Rapla_vallavalitsus, lk 6
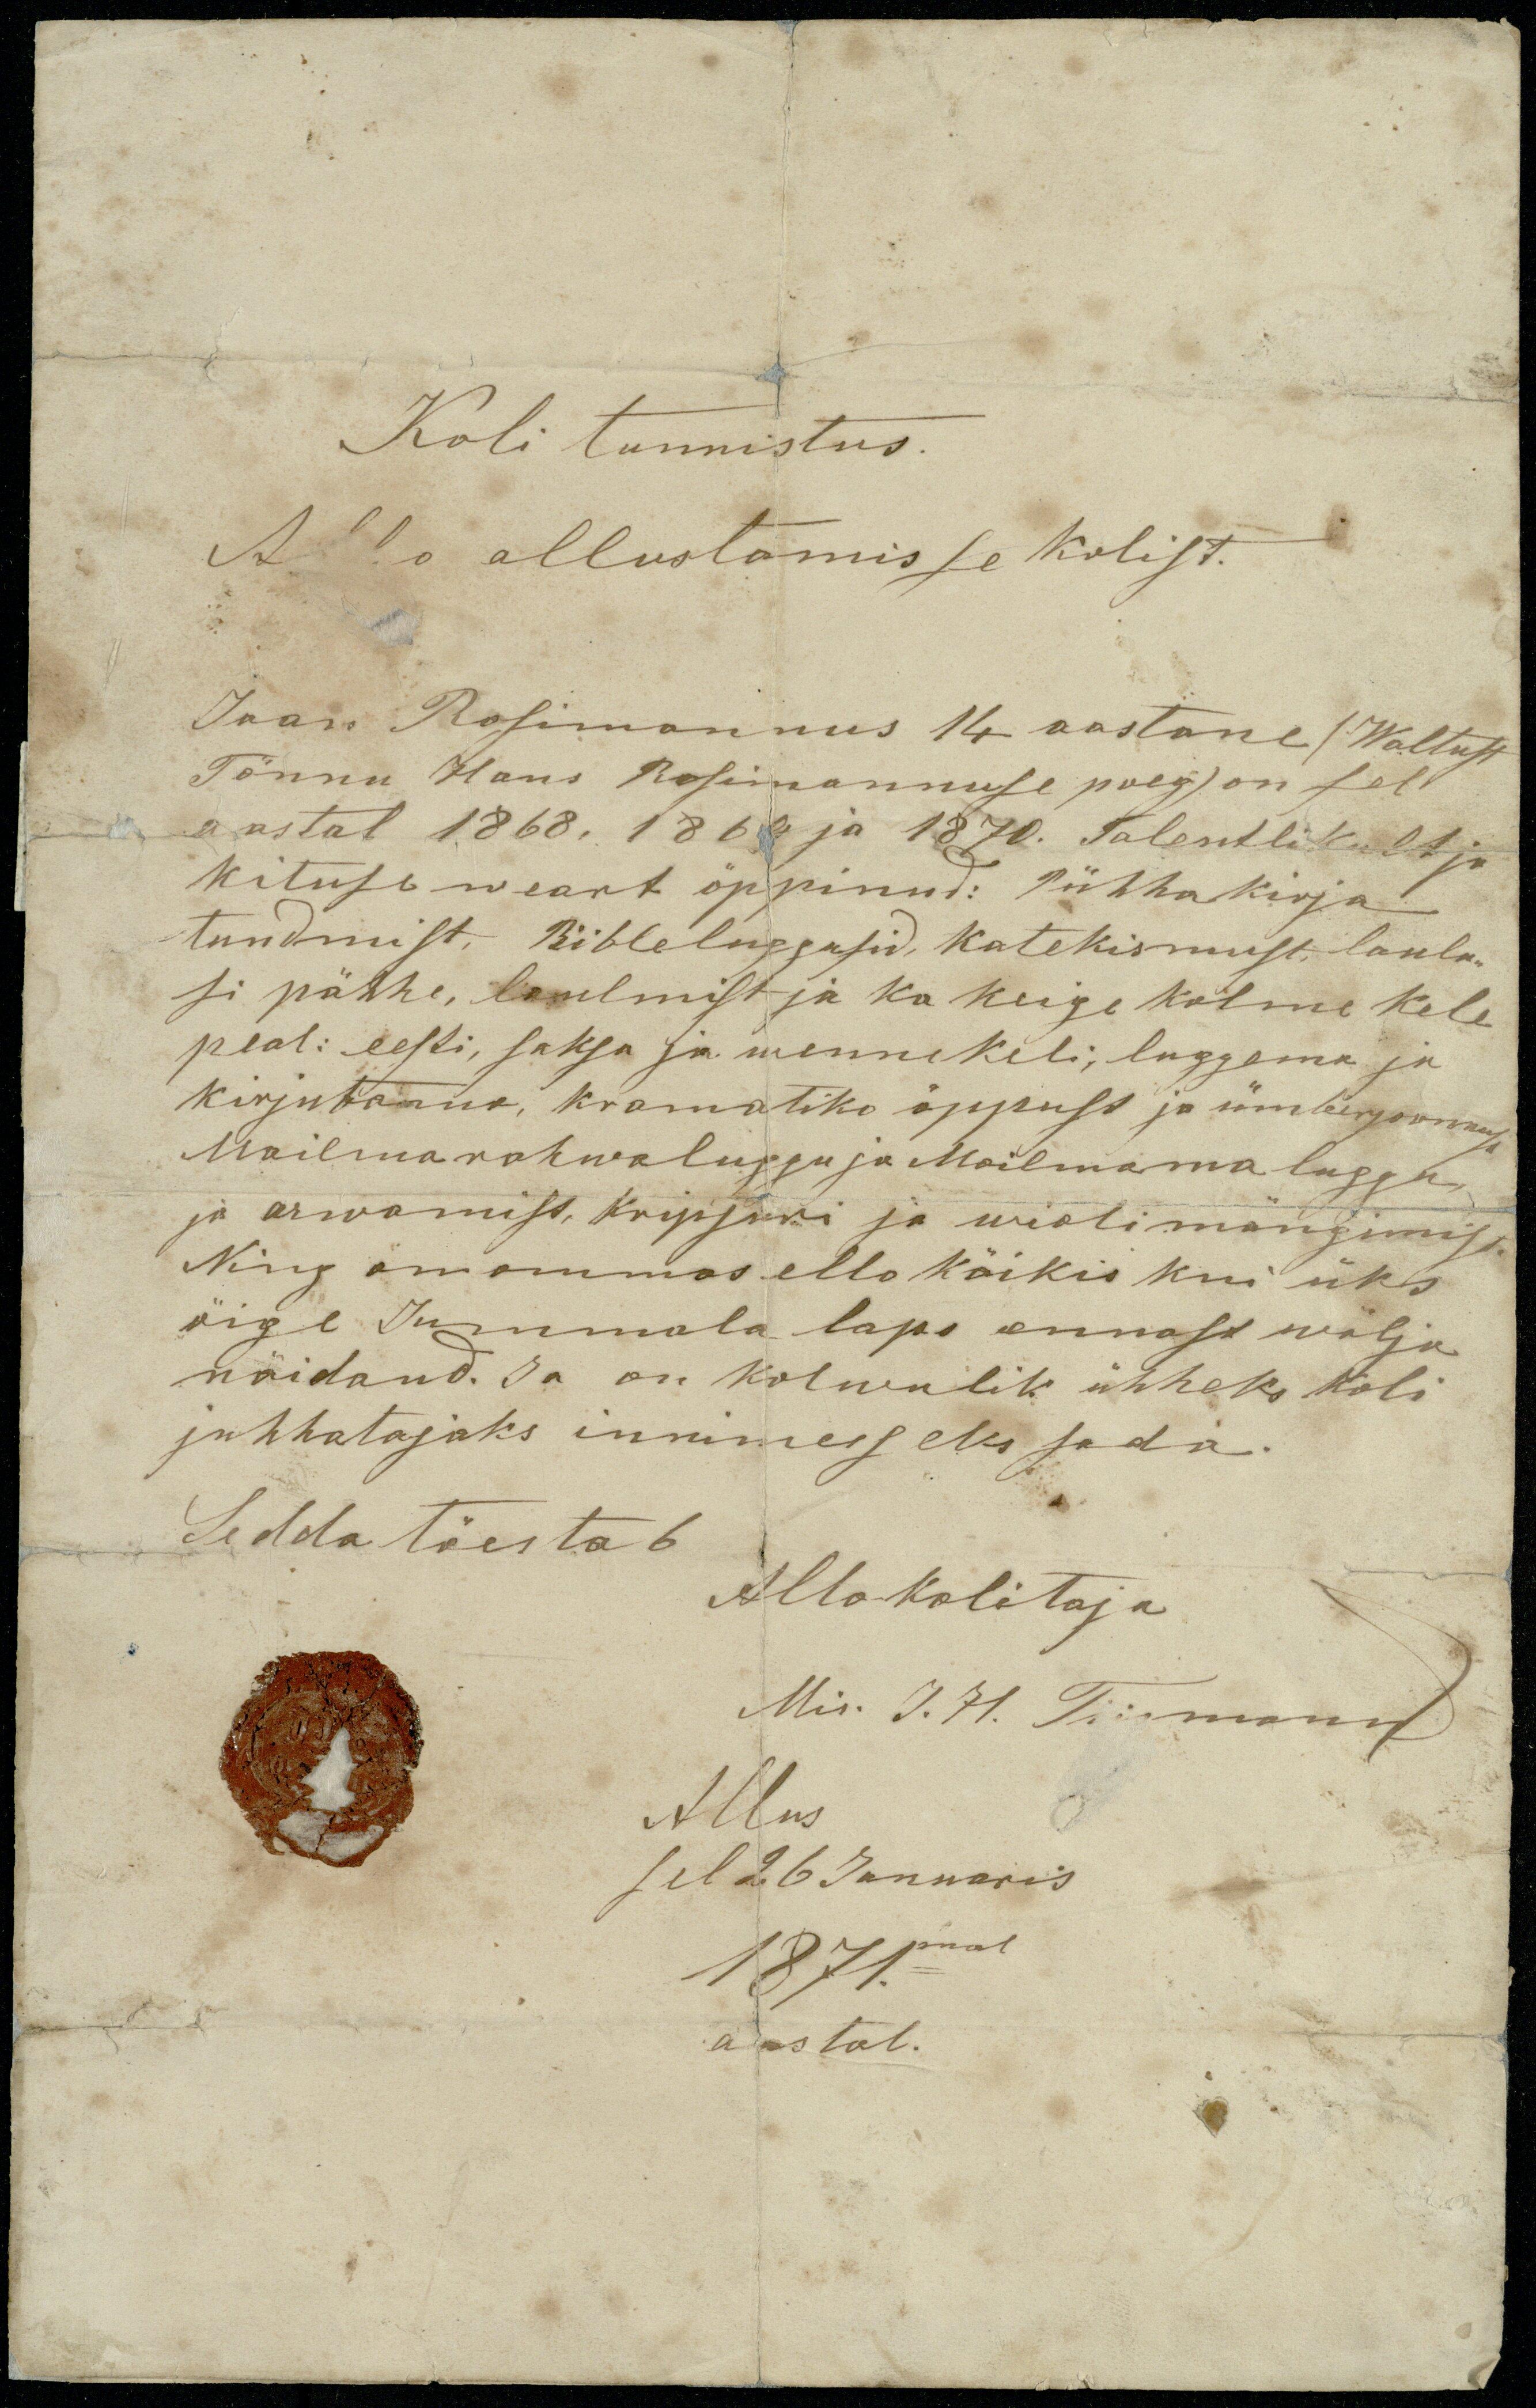
Koli tunnistus.
A'o allustamisse kolist.

Jaan Rosimannus 14 aastane (Waltust
Tönnu Hans Rosimannuse poeg) on sel
aastal 1868. 1869 ja 1870. talentlikult ja
kituse weart öppinud: Pühhakirja
tundmist. Biibleluggusid, katekismust, laulu-
si pähhe, laulmist ja ka keige kolme kele
peal: eesti, saksa ja wennekeli, luggema ja
kirjutama, kramatiko öppust ja ümberpanemist
Mailmarahwaluggu ja Mailmama luggu,
ja arwamis,t kripsuri ja wiolimängimist
Ning on ommas ello käikis kui üks
öige Jummala laps ennast wälja
näidand. Ja on kolwulik ühheks koli
juhhatajaks innimesseks sada.

Sedda töestab
Allokolitaja
Mis. J.H. Tiirmann
Allus
sel 26 Januaris
1871.mal
aastal.